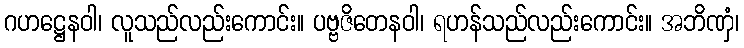
ဂဟဋ္ဌေနဝါ၊ လူသည်လည်းကောင်း။ ပဗ္ဗဇိတေနဝါ၊ ရဟန်သည်လည်းကောင်း။ အဘိဏှံ၊